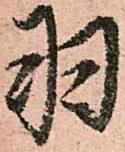
羽